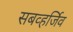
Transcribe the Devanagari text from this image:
सबव्हर्जिव